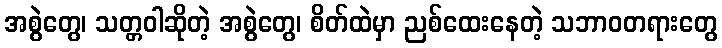
အစွဲတွေ၊ သတ္တဝါဆိုတဲ့ အစွဲတွေ၊ စိတ်ထဲမှာ ညစ်ထေးနေတဲ့ သဘာဝတရားတွေ